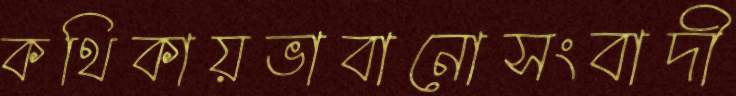
কথিকায়ভাবানোসংবাদী